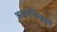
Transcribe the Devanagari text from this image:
अक्षरचिन्हाने